画像に写った文字を読んでください
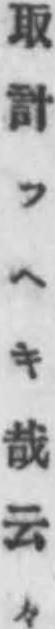
「取計フヘキ哉云々」と書いてあります